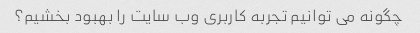
چگونه می توانیم تجربه کاربری وب سایت را بهبود بخشیم؟